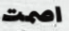
اصمت